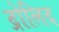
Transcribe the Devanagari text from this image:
द्रोलिद